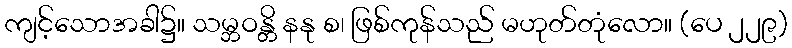
ကျင့်သောအခါ၌။ သမ္ဘဝန္တိ နနု စ၊ ဖြစ်ကုန်သည် မဟုတ်တုံလော။ (ပေ ၂၂၉)